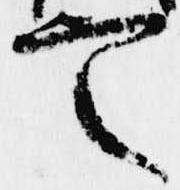
定